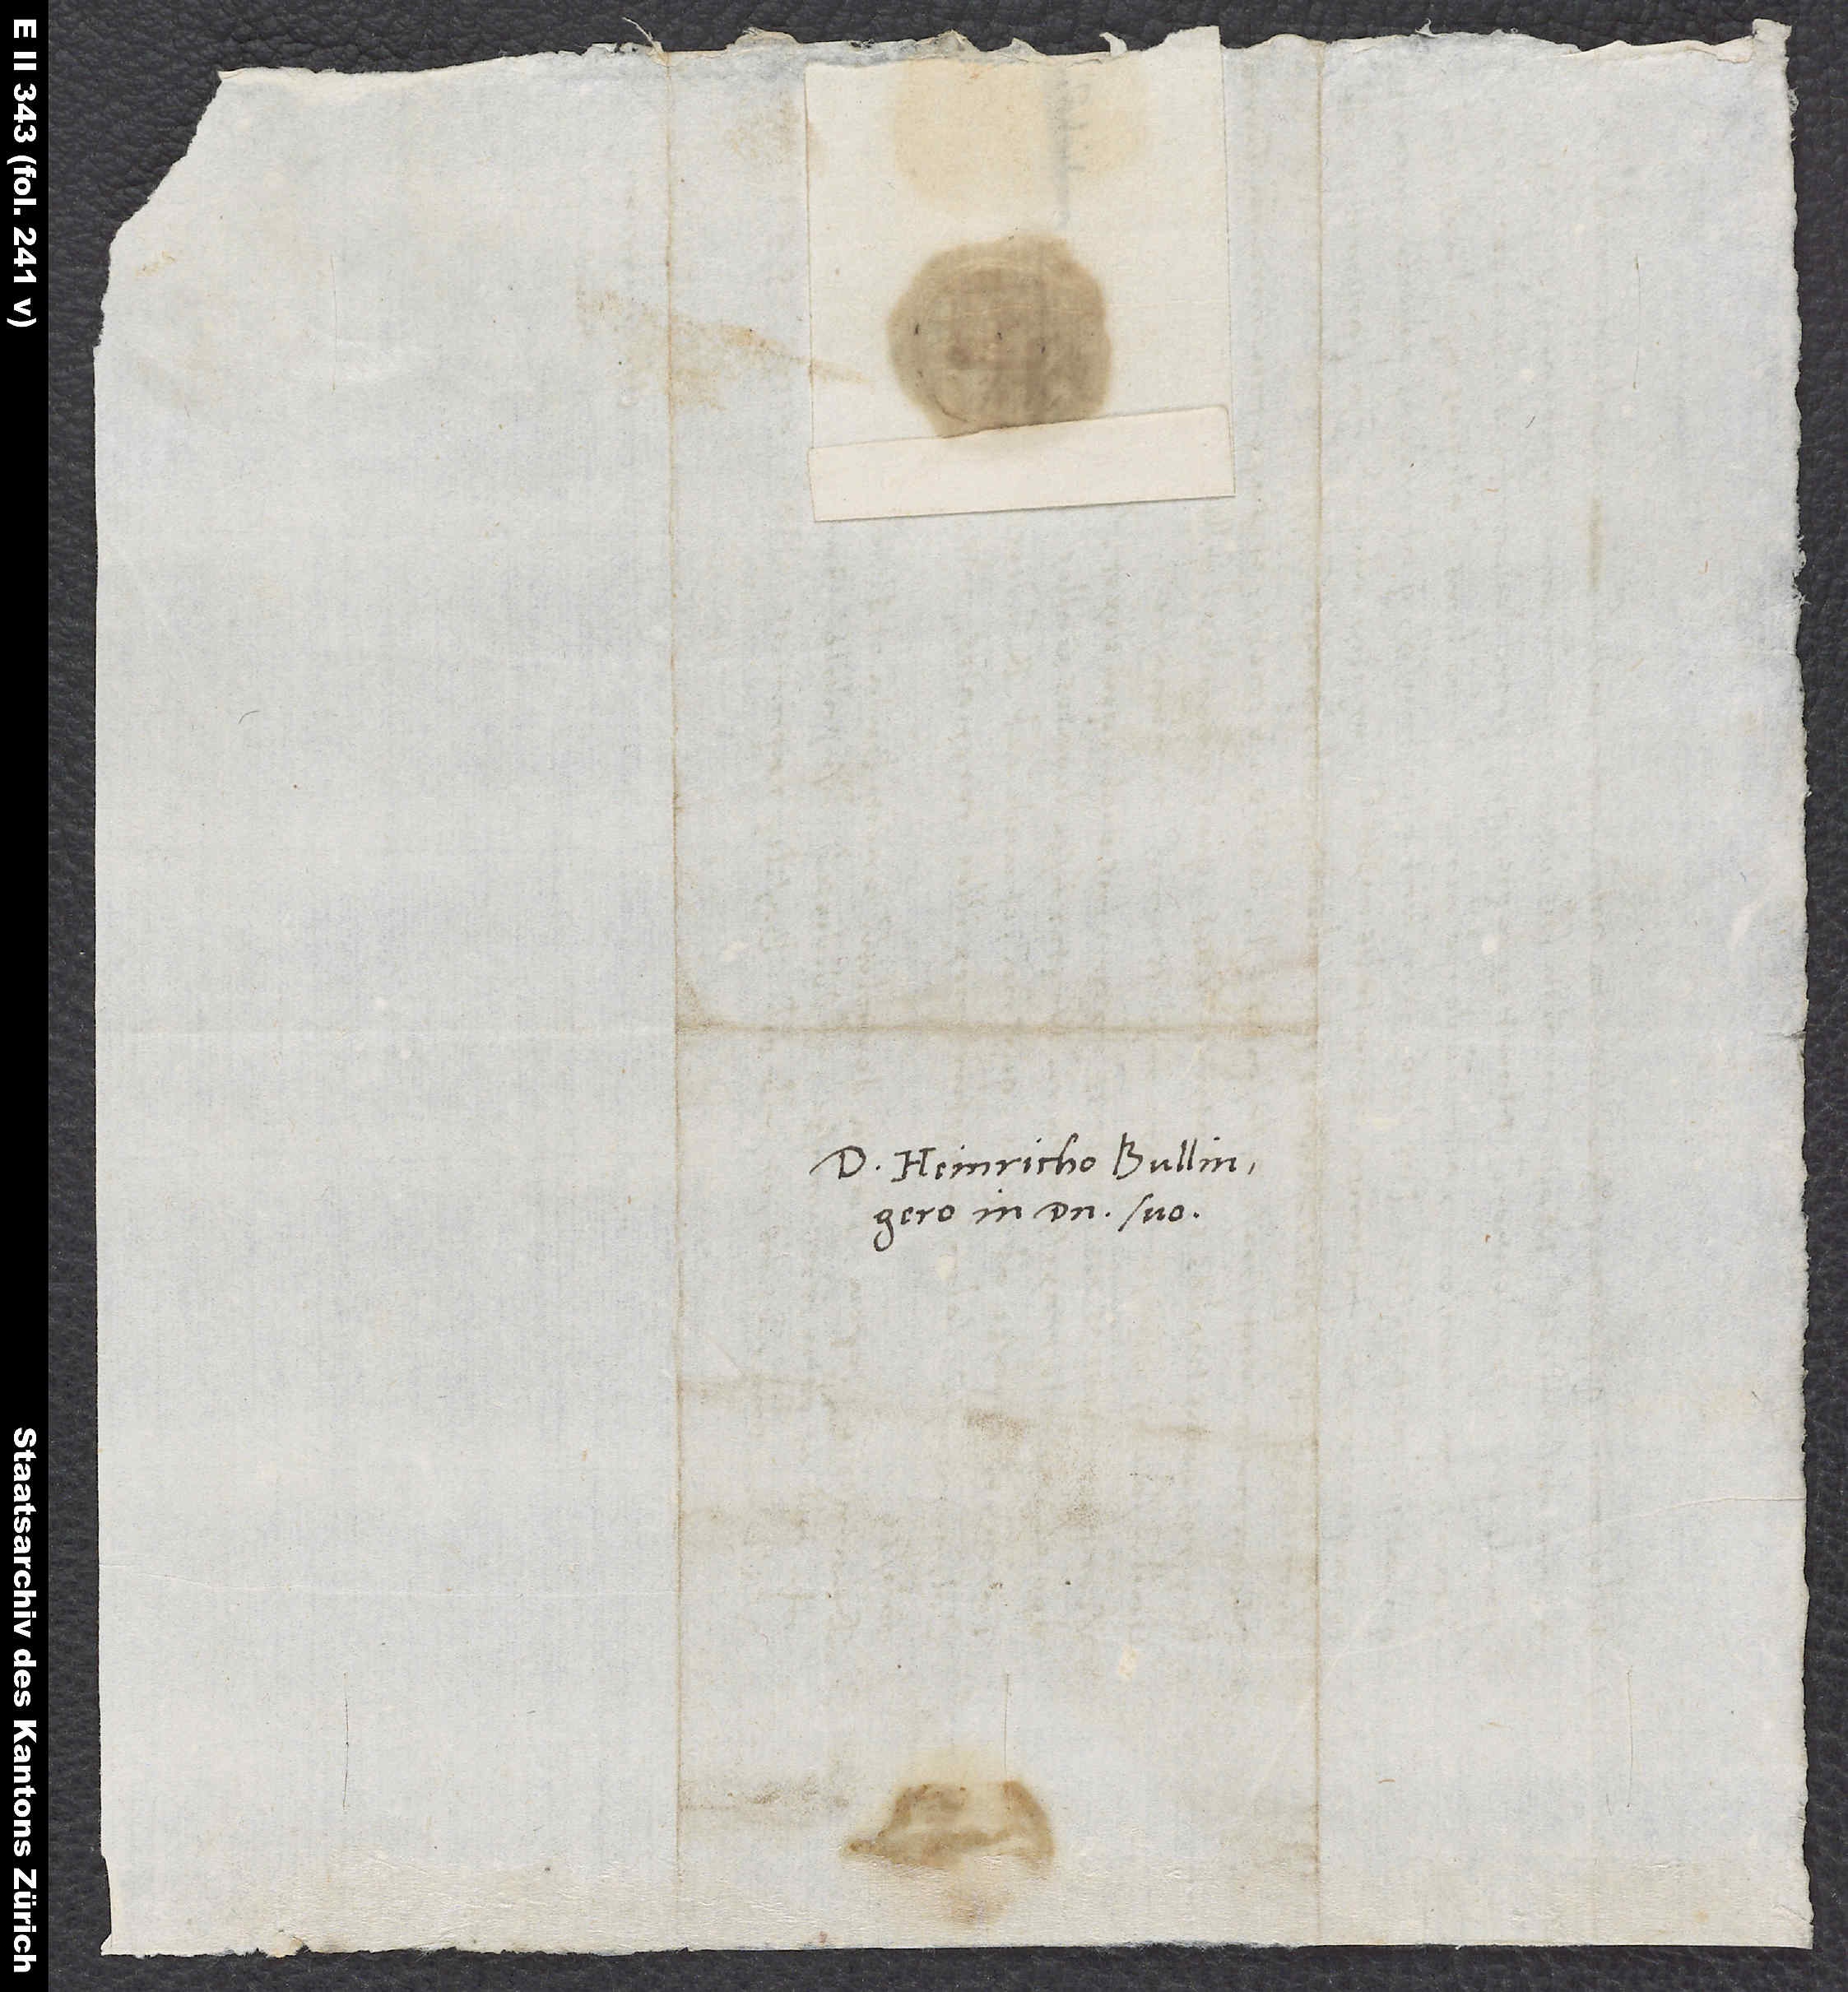
S.

Domino Heinricho Bullingero,
in domino suo.